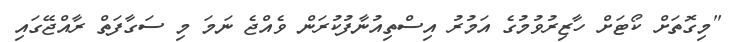
"މިގޮތަށް ކޯޓަށް ހާޒިރުވުމުގެ އަމުރު އިސްތިއުނާފުކުރަން ވެއްޖެ ނަމަ މި ސަގާފަތް ރާއްޖޭގައި